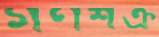
গণশক্র